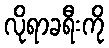
လိုရာခရီးကို